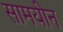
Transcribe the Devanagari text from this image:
सामयीन